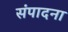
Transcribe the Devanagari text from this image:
संपादना